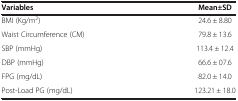
<table><thead><tr><td><b>Variables</b></td><td><b>Mean±SD</b></td></tr></thead><tbody><tr><td>BMI (Kg/m<sup>2</sup>)</td><td>24.6 ± 8.80</td></tr><tr><td>Waist Circumference (CM)</td><td>79.8 ± 13.6</td></tr><tr><td>SBP (mmHg)</td><td>113.4 ± 12.4</td></tr><tr><td>DBP (mmHg)</td><td>66.6 ± 07.6</td></tr><tr><td>FPG (mg/dL)</td><td>82.0 ± 14.0</td></tr><tr><td>Post-Load PG (mg/dL)</td><td>123.21 ± 18.0</td></tr></tbody></table>